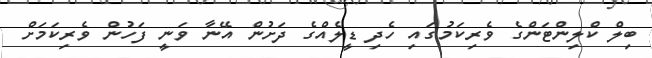
ބިލް ކްލިންޓަންގެ ވެރިކަމުގައި ހެދި ޑީލެއްގެ ދަށުން އޭނާ ވަނީ ފަހުން ވެރިކަމަށް